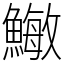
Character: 䲄